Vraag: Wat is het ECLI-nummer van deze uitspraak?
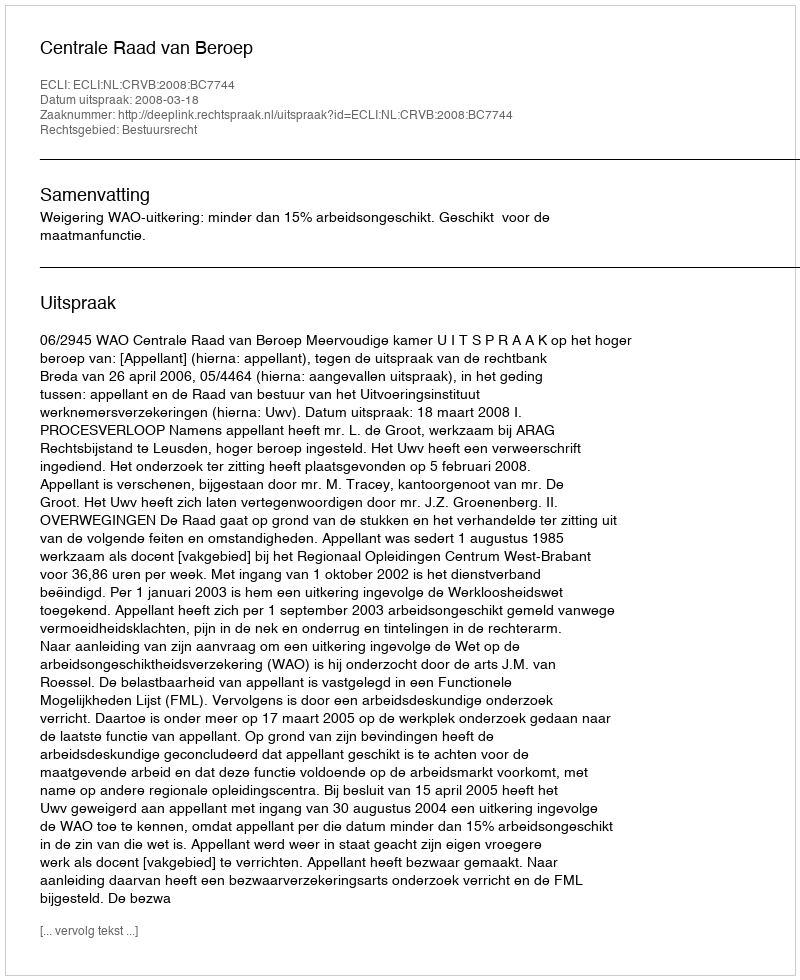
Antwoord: ECLI:NL:CRVB:2008:BC7744